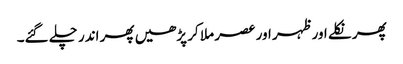
پھر نکلے اور ظہر اور عصر ملا کر پڑھیں پھر اندر چلے گئے۔